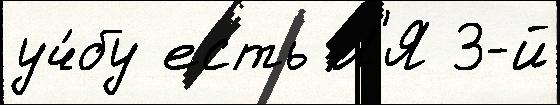
уч́бу есть Л'Я 3-й